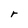
Character: r